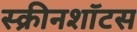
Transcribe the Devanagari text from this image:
स्क्रीनशॉटस